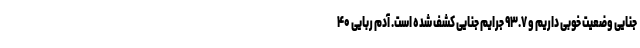
جنایی وضعیت خوبی داریم و ۹۳.۷ جرایم جنایی کشف شده است. آدم ربایی ۴۰